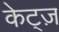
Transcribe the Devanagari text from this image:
केट्ज़